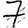
Digit: 7